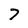
Character: 7